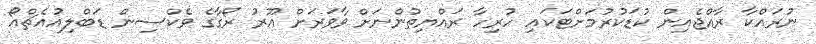
ނުރައްކާ ރާއްޖެއިން ކުޑަކުރުމަށްޓަކައި ހުރިހާ ރައްޔިތުންނަށް ވާވަރަށް އޫރު ރޯގާގެ ވެކްސިން ޑަބްލިއުއެޗްއޯ